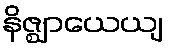
နိဇ္ဈာယေယျ